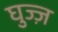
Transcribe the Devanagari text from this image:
घुज्ज़